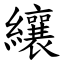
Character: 纕